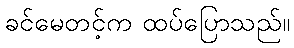
ခင်မေတင့်က ထပ်ပြောသည်။